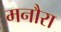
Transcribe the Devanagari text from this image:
मनौरा